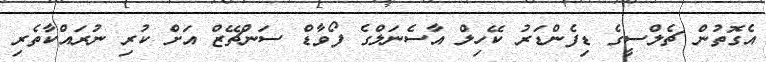
އެގޮތުން ޗެލްސީގެ ޑިފެންޑަރު ކޭހިލް އާސެނަލްގެ ފޯވާޑް ސަންޗޭޒް އަށް ކުރި ނުރައްކާތެރި